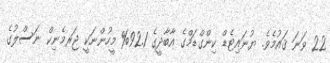
22 ވަނަ ޤައުމެވެ. ޔުނައިޓެޑް ކިންގްޑަމްގެ އާބާދީީގެ 92.1% މީހުންނަކީ ޖަރމެނިކް ނަސްލުގެ